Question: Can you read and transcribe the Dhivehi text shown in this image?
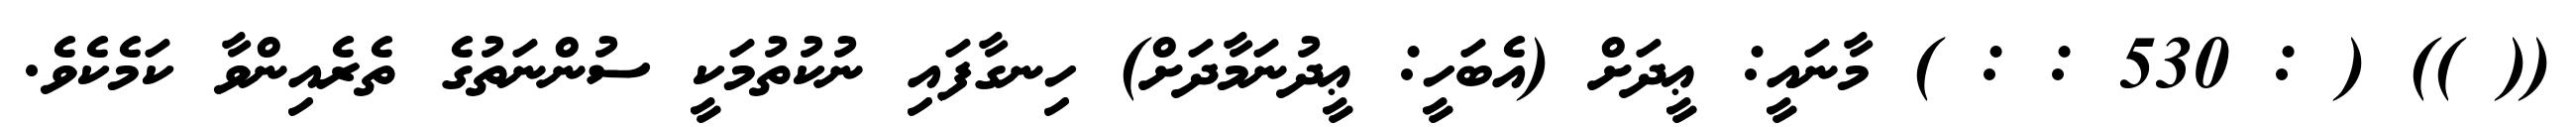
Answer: (( )) ( : 530 : : ) މާނައީ: ޢީދަށް (އެބަހީ: ޢީދުނަމާދަށް) ހިނގާފައި ނުކުތުމަކީ ސުންނަތުގެ ތެރެއިންވާ ކަމެކެވެ.